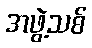
အဖွဲ့သစ်